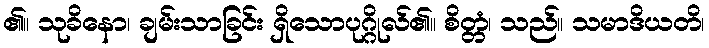
၏။ သုခိနော၊ ချမ်းသာခြင်း ရှိသောပုဂ္ဂိုလ်၏။ စိတ္တံ၊ သည်။ သမာဒိယတိ၊